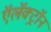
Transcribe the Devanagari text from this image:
ऍलॅक्ट्रॉन